Annual report on the mental hospital in the Central Provinces and Berar (Nagpur) - 1927-1951
Year: 1927
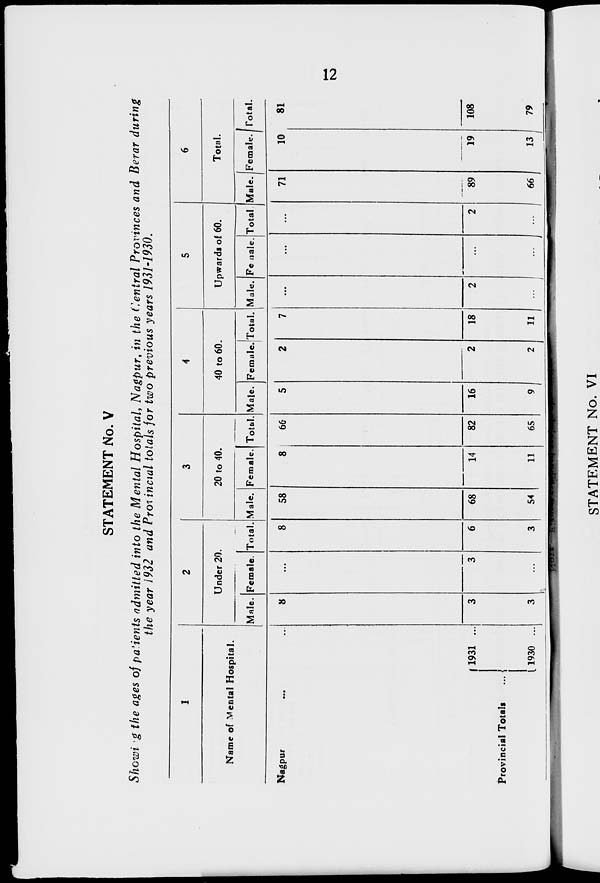
12
STATEMENT No. V
Showing the ages of patients admitted into the Mental Hospital, Nagpur, in the Central Provinces and Berar during
the year 1932 and Provincial totals for two previous years 1931-1930.
1
Name of Mental Hospital.
Nagpur ... ...
Provincial Totals ...
1931 ...
1930 ...
2
Under 20.
Male.
8
3
3
Female.
...
3
...
Total.
8
6
3
3
20 to 40.
Male.
58
68
54
Female.
8
14
11
Total.
66
82
65
4
40 to 60.
Male.
5
16
9
Female.
2
2
2
Total.
7
18
11
5
Upwards of 60.
Male.
...
2
...
Female.
...
...
...
Total.
...
2
...
6
Total.
Male.
71
89
66
Female.
10
19
13
Total.
81
108
79